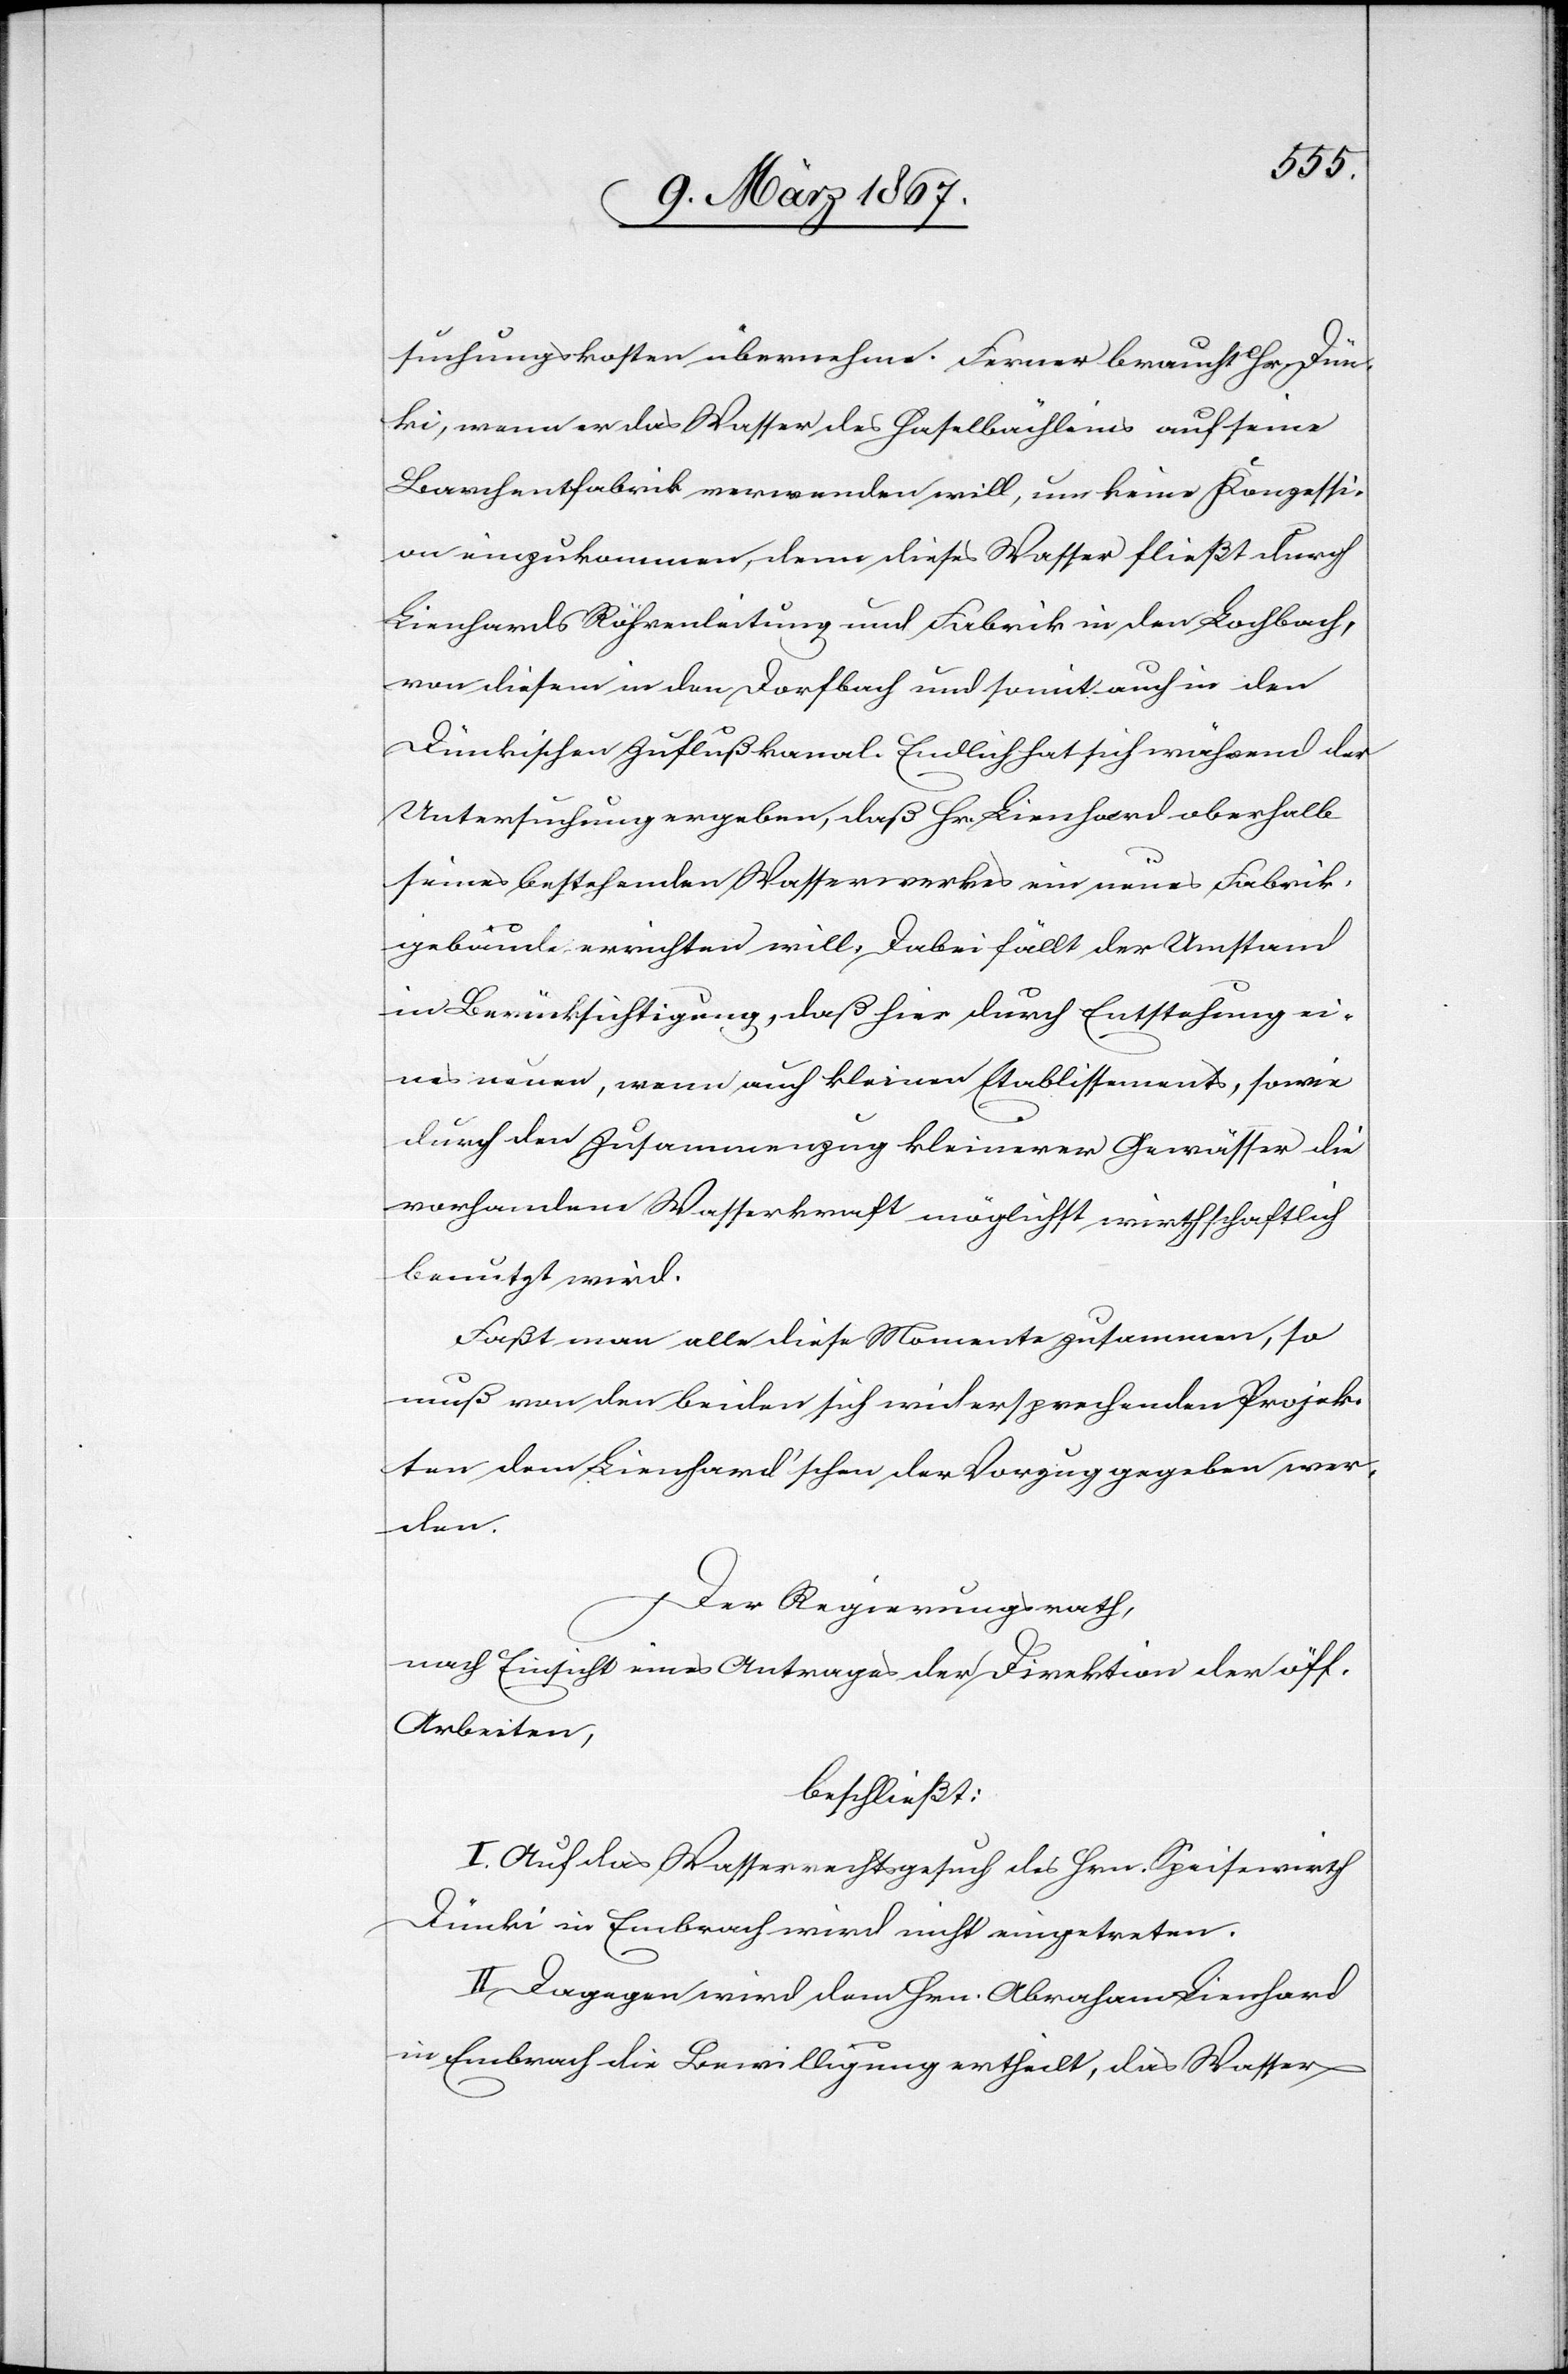
suchungskosten übernehme. Ferner braucht Hr. Dün¬
ki, wenn er das Wasser des Haselbächleins auf seine
Barchentfabrik verwenden will, um keine Konzessi¬
on einzukommen, denn dieses Wasser fließt durch
Lienhards Röhrenleitung und Fabrik in den Lochbach,
von diesem in den Dorfbach und somit auch in den
Dünkischen Zuflußkanal. Endlich hat sich während der
Untersuchung ergeben, daß Hr. Lienhard oberhalb
seines bestehenden Wasserwerkes ein neues Fabrik¬
gebäude errichten will. Dabei fällt der Umstand
in Berücksichtigung, daß hier durch Entstehung ei¬
nes neuen, wenn auch kleinen Etablissements, sowie
durch den Zusammenzug kleinerer Gewässer die
vorhandene Wasserkraft möglichst wirthschaftlich
benutzt wird.
Faßt man alle diese Momente zusammen, so
muß von den beiden sich widersprechenden Projek¬
ten dem Lienhard’schen der Vorzug gegeben wer¬
den.
Der Regierungsrath,
nach Einsicht eines Antrages der Direktion der öff.
Arbeiten,
beschließt:
I. Auf das Wasserrechtsgesuch des Hrn. Speisewirth
Dünki in Embrach wird nicht eingetreten.
II. Dagegen wird dem Hrn. Abraham Lienhard
in Embrach die Bewilligung ertheilt, das Wasser